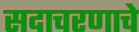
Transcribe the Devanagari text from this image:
सदाचरणाचे